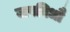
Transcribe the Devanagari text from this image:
जपविधौ